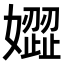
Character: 𡡟